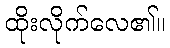
ထိုးလိုက်လေ၏။